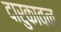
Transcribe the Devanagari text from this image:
दारुकावन